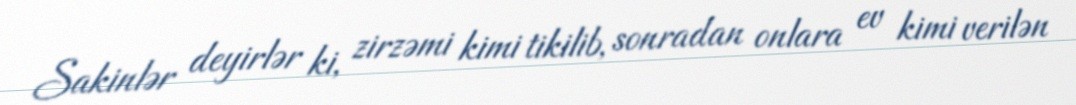
Sakinlər deyirlər ki, zirzəmi kimi tikilib, sonradan onlara ev kimi verilən